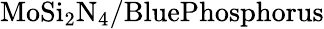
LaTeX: \mathrm{MoSi_{2}N_{4}/BluePhosphorus}